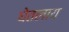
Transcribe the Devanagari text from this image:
घेतलाय